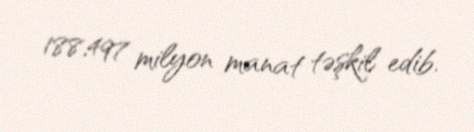
188,497 milyon manat təşkil edib.